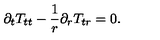
\partial _ { t } T _ { t t } - \frac { 1 } { r } \partial _ { r } T _ { t r } = 0 .